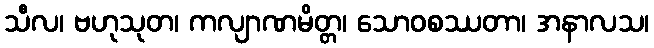
သီလ၊ ဗဟုသုတ၊ ကလျာဏမိတ္တ၊ သောဝစဿတာ၊ အနာလသ၊